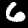
Label: 6